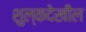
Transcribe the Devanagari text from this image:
शुल्कदेखील